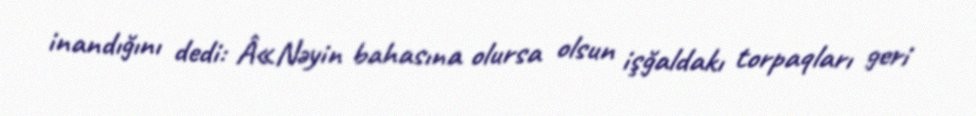
inandığını dedi: Â«Nəyin bahasına olursa olsun işğaldakı torpaqları geri